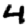
Digit: 4